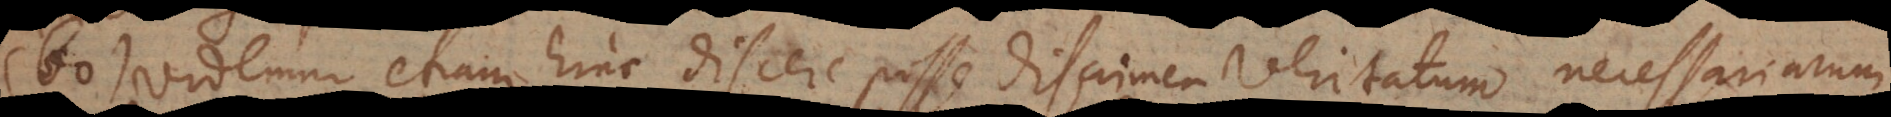
60) Videmur etiam hinc discere posse discrimen veritatum necessariarum